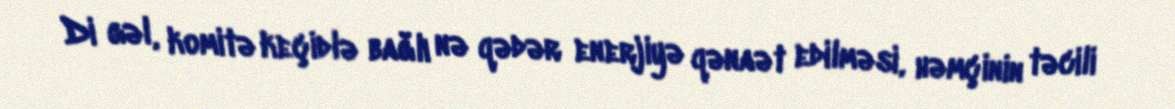
Di gəl, komitə keçidlə bağlı nə qədər enerjiyə qənaət edilməsi, həmçinin təcili